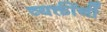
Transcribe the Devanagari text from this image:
व्यक्तींनीं